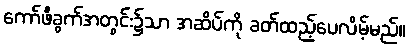
ကော်ဖီခွက်အတွင်း၌သာ အဆိပ်ကို ခတ်ထည့်ပေလိမ့်မည်။